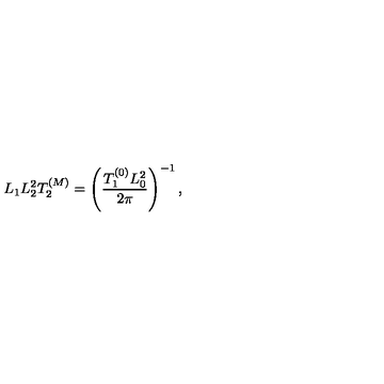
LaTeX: L _ { 1 } L _ { 2 } ^ { 2 } T _ { 2 } ^ { ( M ) } = \left( { \frac { T _ { 1 } ^ { ( 0 ) } L _ { 0 } ^ { 2 } } { 2 \pi } } \right) ^ { - 1 } ,